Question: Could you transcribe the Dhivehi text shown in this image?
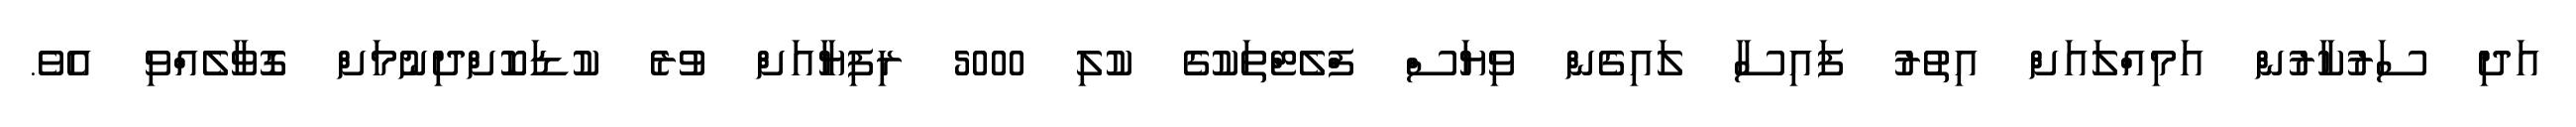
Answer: އަދި ސަރުކާރުން އަމިއްލައަށް އިތުރު ފައިސާ ލައިގެން ވިޔަސް ފްލެޓްތަކުގެ ކުލި 5000 ރިފިޔާއަށް ވުރެ ކުޑަކޮށްދިނުމަށް ގޮވާލެއްވި އެވެ.